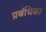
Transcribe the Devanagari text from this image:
प्रबंधिका